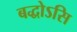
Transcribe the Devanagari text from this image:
बद्धोऽसि